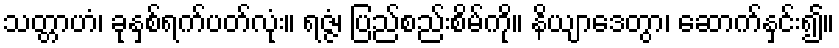
သတ္တာဟံ၊ ခုနှစ်ရက်ပတ်လုံး။ ရဇ္ဇံ၊ ပြည်စည်းစိမ်ကို။ နိယျာဒေတွာ၊ ဆောက်နှင်း၍။